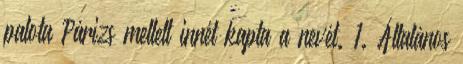
palota Párizs mellett innét kapta a nevét. 1. Általános